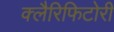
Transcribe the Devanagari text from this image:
क्लैरिफिटोरी